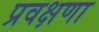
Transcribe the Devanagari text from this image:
प्रवक्षणा